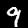
Digit: 9